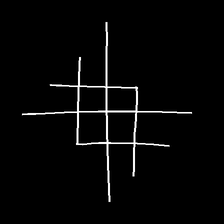
Glyph: crystal